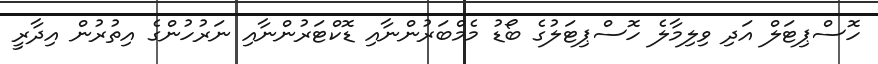
ހޮސްޕިޓަލް އަދި ވިލިމާލެ ހޮސްޕިޓަލުގެ ބޯޑު މެމްބަރުންނާއި ޑޮކްޓަރުންނާއި ނަރުހުންގެ އިތުރުން އިދާރީ